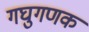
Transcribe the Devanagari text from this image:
गघुगणक